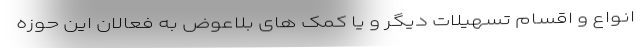
انواع و اقسام تسهیلات دیگر و یا کمک های بلاعوض به فعالان این حوزه